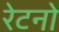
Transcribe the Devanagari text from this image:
रेटनो